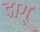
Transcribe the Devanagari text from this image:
दागू